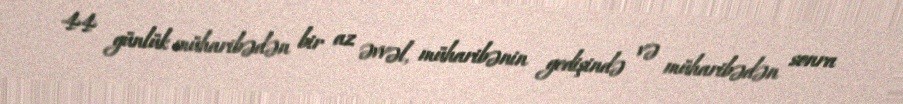
44 günlük müharibədən bir az əvvəl, müharibənin gedişində və müharibədən sonra